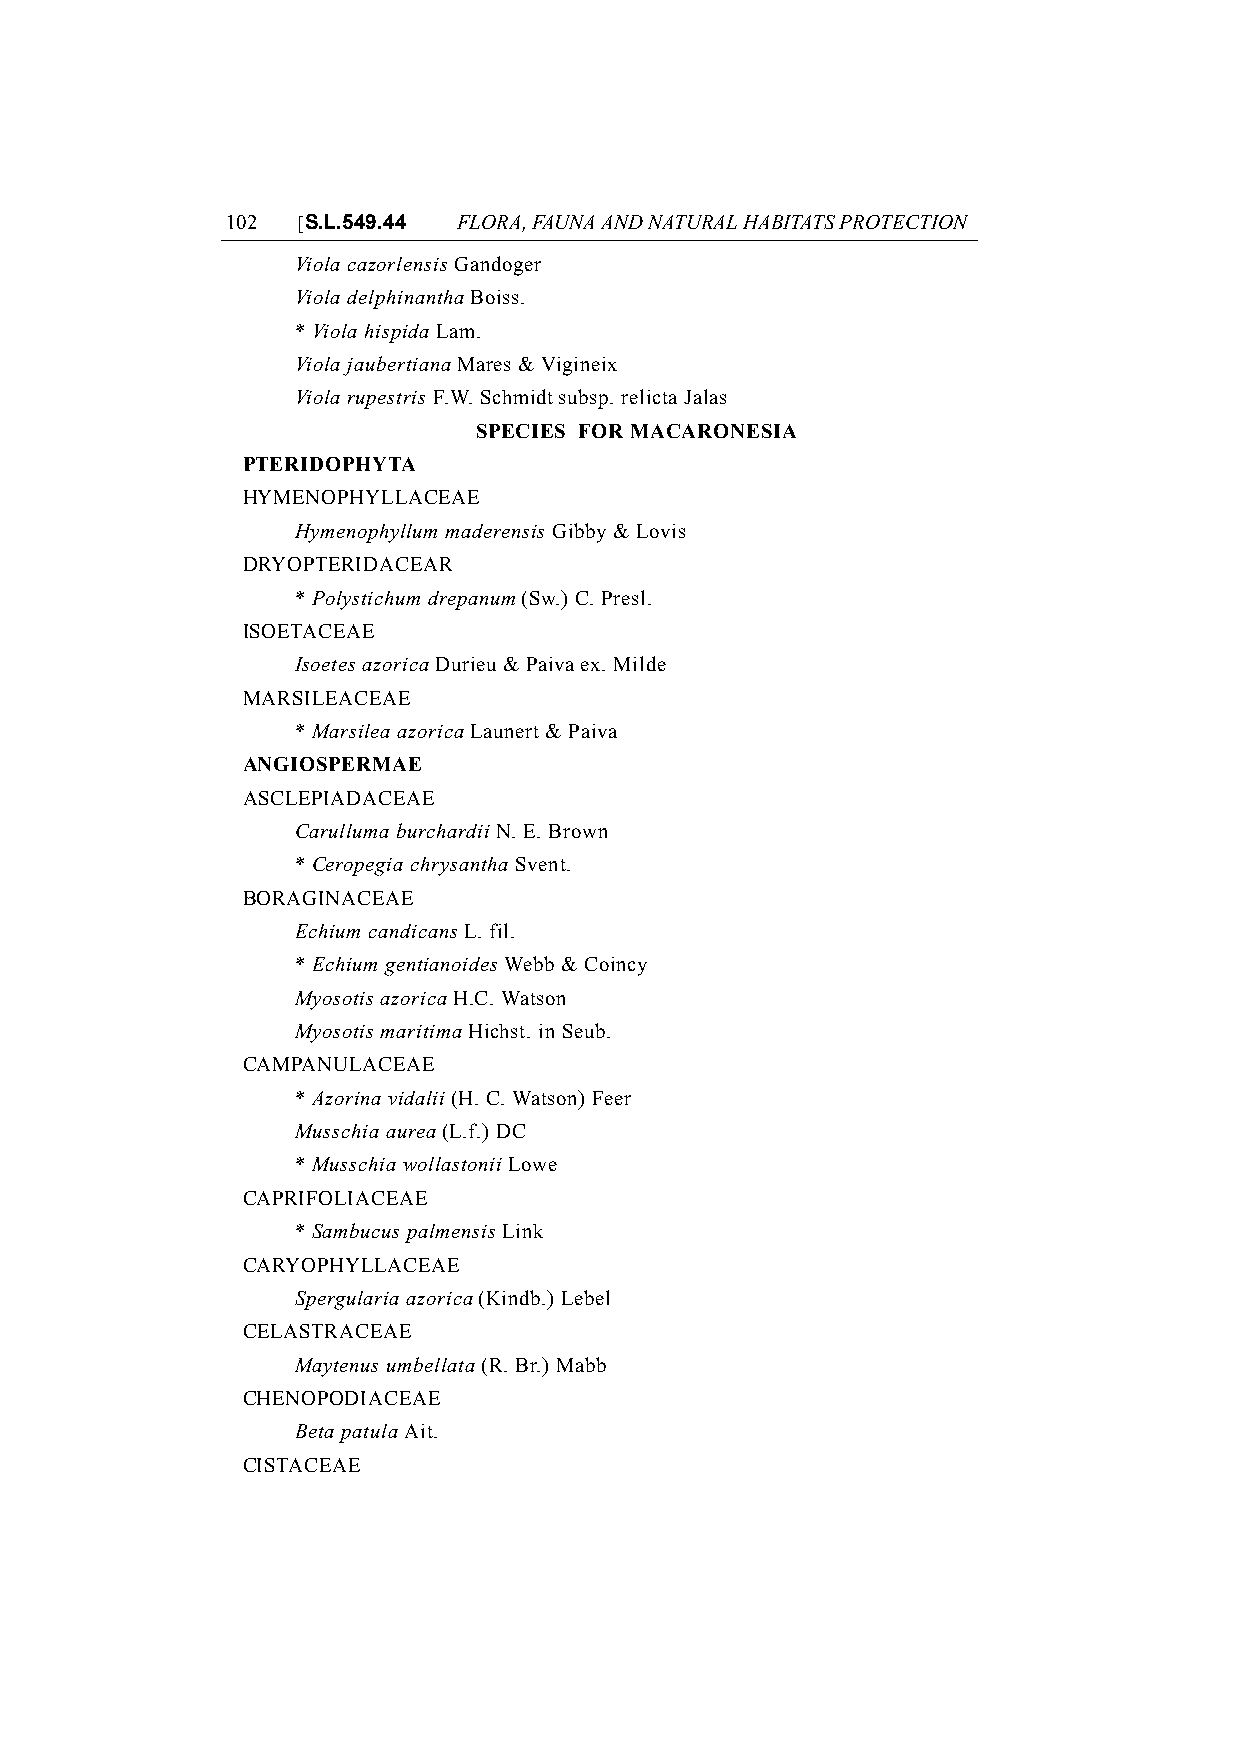
102  [S.L.549.44 FLORA, FAUNA AND NATURAL HABITATS PROTECTION
 Viola cazorlensis Gandoger
 Viola delphinantha Boiss.
 * Viola hispida Lam.
 Viola jaubertiana Mares & Vigineix
 Viola rupestris F.W. Schmidt subsp. relicta Jalas
 SPECIES FOR MACARONESIA
 PTERIDOPHYTA
 HYMENOPHYLLACEAE
 Hymenophyllum maderensis Gibby & Lovis
 DRYOPTERIDACEAR
 * Polystichum drepanum (Sw.) C. Presl.
 ISOETACEAE
 Isoetes azorica Durieu & Paiva ex. Milde
 MARSILEACEAE
 * Marsilea azorica Launert & Paiva
 ANGIOSPERMAE
 ASCLEPIADACEAE
 Carulluma burchardii N. E. Brown
 * Ceropegia chrysantha Svent.
 BORAGINACEAE
 Echium candicans L. fil.
 * Echium gentianoides Webb & Coincy
 Myosotis azorica H.C. Watson
 Myosotis maritima Hichst. in Seub.
 CAMPANULACEAE
 * Azorina vidalii (H. C. Watson) Feer
 Musschia aurea (L.f.) DC
 * Musschia wollastonii Lowe
 CAPRIFOLIACEAE
 * Sambucus palmensis Link
 CARYOPHYLLACEAE
 Spergularia azorica (Kindb.) Lebel
 CELASTRACEAE
 Maytenus umbellata (R. Br.) Mabb
 CHENOPODIACEAE
 Beta patula Ait.
 CISTACEAE